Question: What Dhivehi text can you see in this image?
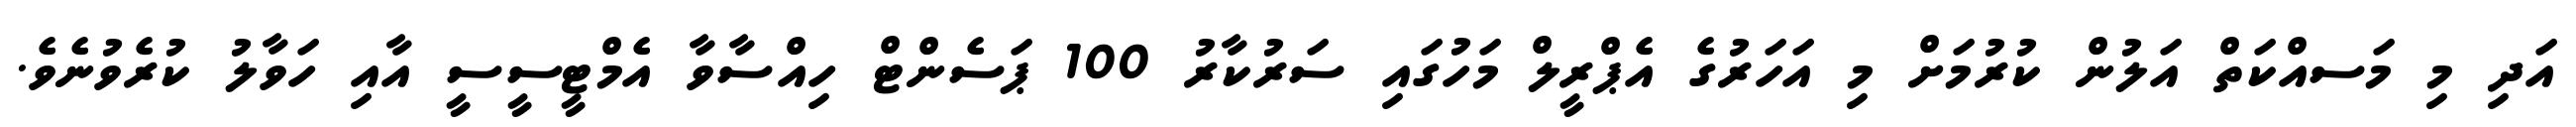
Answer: އަދި މި މަސއްކަތް އަލުން ކުރުމަށް މި އަހަރުގެ އެޕްރީލް މަހުގައި ސަރުކާރު 100 ޕަސެންޓް ހިއްސާވާ އެމްޓީސީސީ އާއި ހަވާލު ކުރެވުނެވެ.